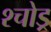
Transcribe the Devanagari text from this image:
श्चोड्र